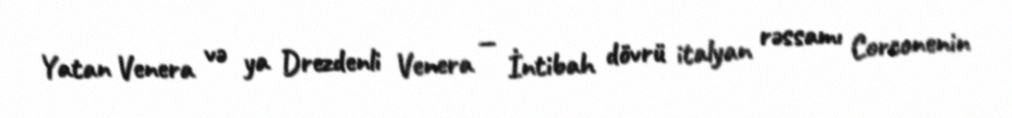
Yatan Venera və ya Drezdenli Venera — İntibah dövrü italyan rəssamı Corconenin